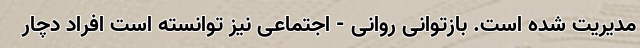
مدیریت شده است. بازتوانی روانی - اجتماعی نیز توانسته است افراد دچار